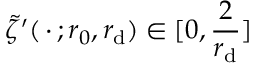
\tilde { \zeta } ^ { \prime } ( \mathrel { \, \cdot \, } ; r _ { 0 } , r _ { \mathrm { d } } ) \in [ 0 , \frac { 2 } { r _ { \mathrm { d } } } ]